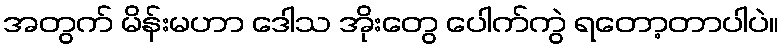
အတွက် မိန်းမဟာ ဒေါသ အိုးတွေ ပေါက်ကွဲ ရတော့တာပါပဲ။